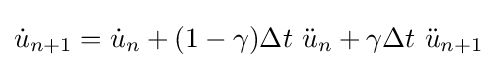
{\dot {u}}_{n+1}={\dot {u}}_{n}+(1-\gamma )\Delta t~{\ddot {u}}_{n}+\gamma \Delta t~{\ddot {u}}_{n+1}